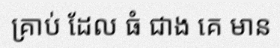
គ្រាប់ ដែល ធំ ជាង គេ មាន